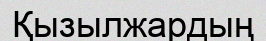
Қызылжардың